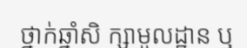
ថ្នាក់ឆ្នាំសិ ក្សាមូលដ្ឋាន ឬ